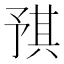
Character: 𪜝